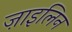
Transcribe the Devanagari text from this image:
ज़ाइलिन